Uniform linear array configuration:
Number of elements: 64
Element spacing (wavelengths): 0.75
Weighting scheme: hamming
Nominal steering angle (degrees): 30
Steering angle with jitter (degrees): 29.839
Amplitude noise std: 0.05
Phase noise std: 0.05

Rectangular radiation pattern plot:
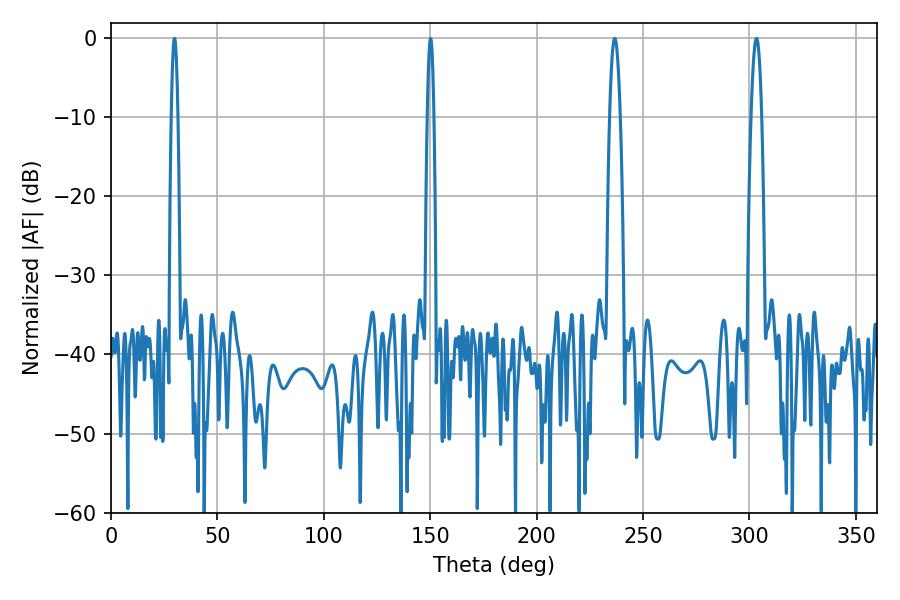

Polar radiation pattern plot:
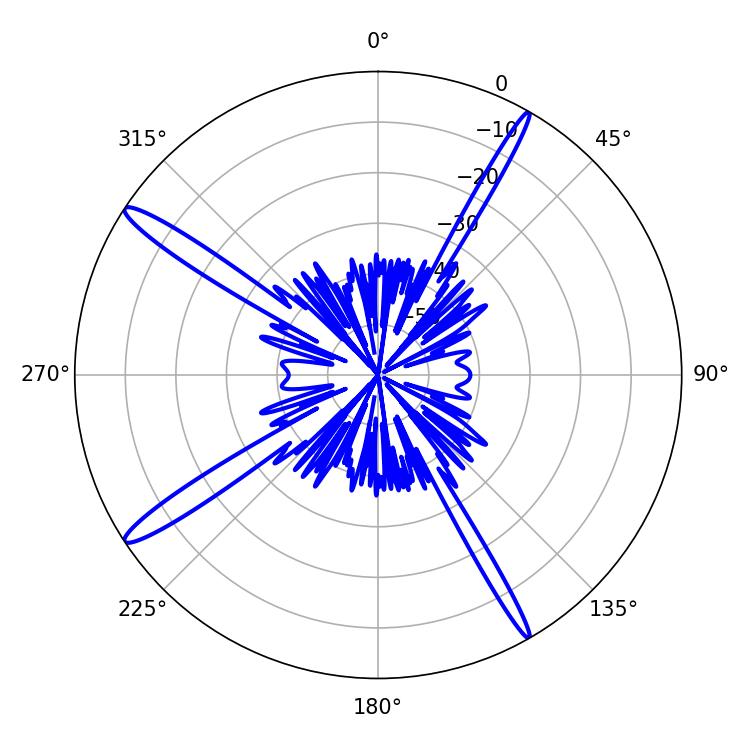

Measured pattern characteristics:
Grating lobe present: TRUE
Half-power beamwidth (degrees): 2.7
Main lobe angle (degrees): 303.3